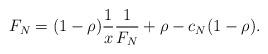
LaTeX: \begin{align*}F_N=(1-\rho)\frac1x \frac1{F_N}+\rho-c_N(1-\rho).\end{align*}